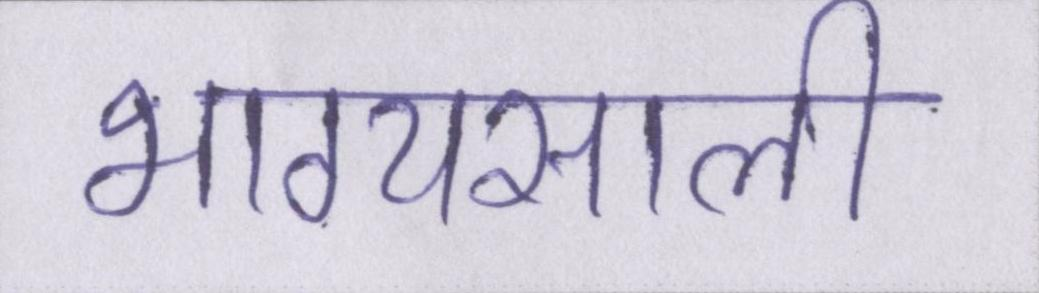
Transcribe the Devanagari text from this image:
भाग्यसाली